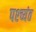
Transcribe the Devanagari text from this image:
पश्च्यंत